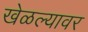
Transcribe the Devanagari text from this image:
खेळल्यावर